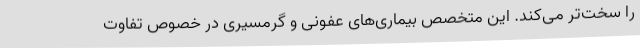
را سخت‌تر می‌کند. این متخصص بیماری‌های عفونی و گرمسیری در خصوص تفاوت